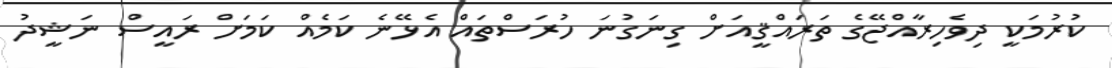
ކުރުމަކީ ދިވެހިރާއްޖޭގެ ތަރައްޤީއަށް ގިނަގުނަ ހުރަސްތައް އެޅޭނެ ކަމެއް ކަމަށް ރައީސް ނަޝީދު